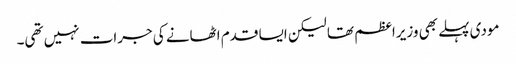
مودی پہلے بھی وزیراعظم تھا لیکن ایسا قدم اٹھانے کی جرات نہیں تھی۔